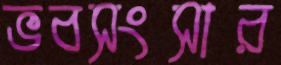
ভবসংসার